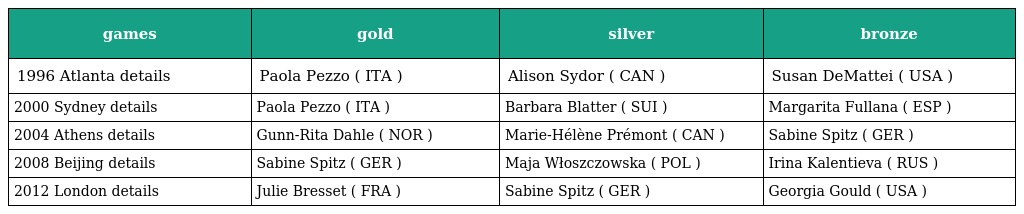
| games | gold | silver | bronze |
 | --- | --- | --- | --- |
 | 1996 Atlanta details | Paola Pezzo ( ITA ) | Alison Sydor ( CAN ) | Susan DeMattei ( USA ) |
 | 2000 Sydney details | Paola Pezzo ( ITA ) | Barbara Blatter ( SUI ) | Margarita Fullana ( ESP ) |
 | 2004 Athens details | Gunn-Rita Dahle ( NOR ) | Marie-Hélène Prémont ( CAN ) | Sabine Spitz ( GER ) |
 | 2008 Beijing details | Sabine Spitz ( GER ) | Maja Włoszczowska ( POL ) | Irina Kalentieva ( RUS ) |
 | 2012 London details | Julie Bresset ( FRA ) | Sabine Spitz ( GER ) | Georgia Gould ( USA ) |